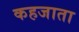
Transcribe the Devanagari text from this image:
कहजाता